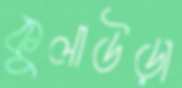
কুলাউড়া